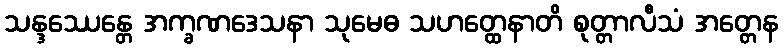
သန္ဒဿေန္တေ အက္ခဏဒေသနာ သုမေဓ သဟတ္ထေနာတိ စုတ္တာလီသံ အတ္တေန